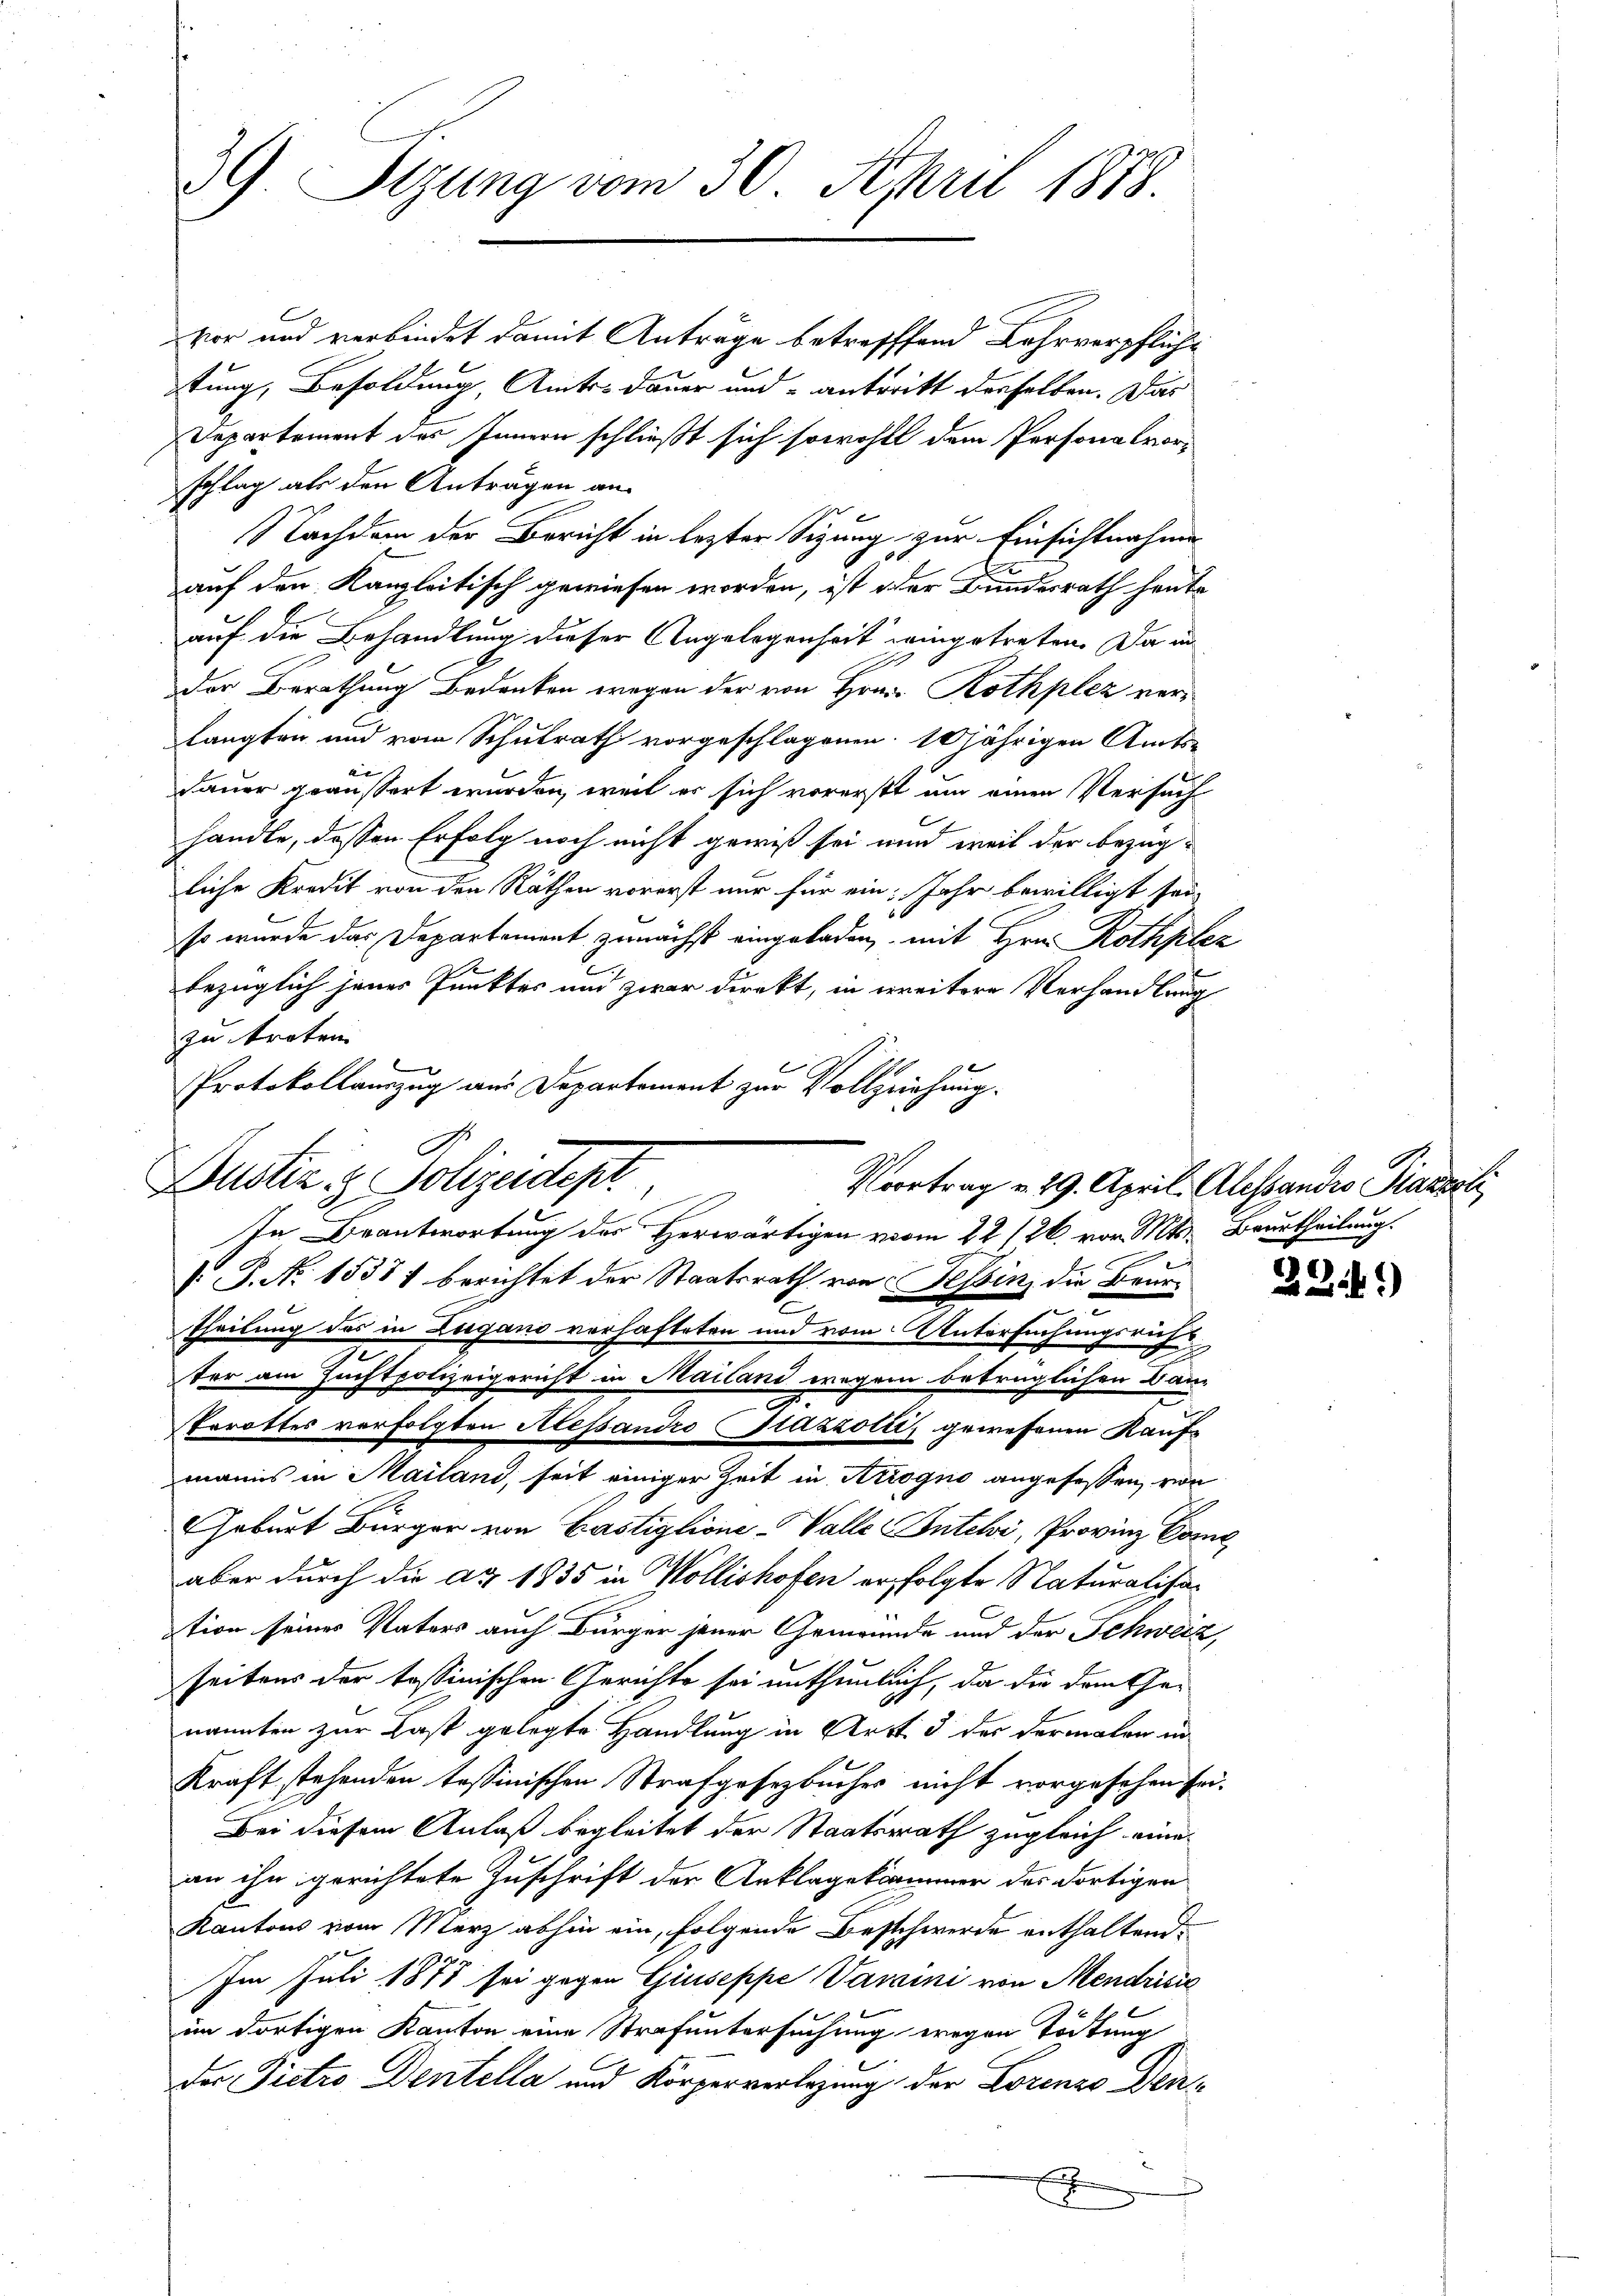
39. Sizung vom 30. April 1878.

vor und verbindet damit Anträge betrefffend Lehrverpflichtung, Besoldung, Amtsdauer und antritt derselben. Das
Departement des Innern schließt sich sowohlt dem Personalvors
schlag als den Antragen an.
Nachdem der Bericht in lezter Sizung zur Einsichtnahme
auf den Kanzleitisch gewiesen worden, ist oder Bundesrath heute
auf die Behandlung dieser Angelegenheit eingetreten. Da in
der Berathung Bedenken wegen der von Hrn. Rothplez verlangten und vom Schulrath vorgeschlagenen 10 jährigen Amtsx
Dauer geäussert wurden, weil er sich vorerst um einen Versuch
handle, dessen Erfolg noch nicht gewiß sei und weil der bezüg-
liche Kredit von den Räthen vorerst nur für ein; Jahr bewilligt sei,
l
so wurde das Departement zunächst eingeladen, mit Hrn. Rothplez
.
e
bezüglich jener Punktes und zwar direkt, in weitere Verhandlung
zu treten.
Protokollauszug aus Departement zur Vollziehung.
Bustiz & Polizeidept
In Beantwortung des Herwärtigen vom 22/26. vor. Mts. Beurtheilung.
 P. N. 15381 berichtet der Staatsrath von Tessin, die Beur-
2
Theilung des in Zugano verhafteten und vom Untersuchungsricht
ter am Zuchtpolizeigericht in Mailand wegen betrüglichen Bau-
Trrottes verfolgten Messandro Piazzolić, gewesenen Kaufmanns in Mailand, seit einiger Zeit in Ariogno angefassen, von
Geburt Bürger von Castiglione-Valle Inteli, Provinz Come
aber durch die ad 1835 in Wollishofen erfolgte Naturalisation seines Vaters auch Bürger jener Gemeinde und der Schweiz,
seitens der tessinischen Gerichte sei unthunlich, da die dem Ge-
nannten zur Last gelegte Handlung in Art. 3 des dermaler in
Kraft stehenden tessinischen Strafgesetzbuches nicht vorgesehen sei.
Bei diesem Anlaß begleitet der Staatsrath zugleich eine
an ihn gerichtete Zuschrift der Anklagekammer des dortigen
Kantons vom Merz abhin ein, folgende Beschwerde enthaltend.
Im Juli 1877 sei gegen Giuseppe Varini von Mendrisie
im dortigen Kanton eine Strafuntersuchung wegen Tödtung
der Pietro Dentella und Körperverlegung der Lorenzo denx

Vortrag v. 29. April. Alessandio Parzel

2241)